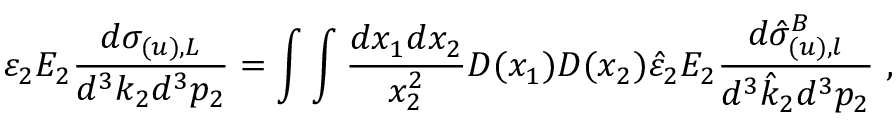
\varepsilon _ { 2 } E _ { 2 } \frac { d \sigma _ { ( u ) , L } } { d ^ { 3 } k _ { 2 } d ^ { 3 } p _ { 2 } } = \int \int \frac { d x _ { 1 } d x _ { 2 } } { x _ { 2 } ^ { 2 } } D ( x _ { 1 } ) D ( x _ { 2 } ) \hat { \varepsilon } _ { 2 } E _ { 2 } \frac { d \hat { \sigma } _ { ( u ) , l } ^ { B } } { d ^ { 3 } \hat { k } _ { 2 } d ^ { 3 } p _ { 2 } } \ ,